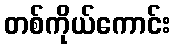
တစ်ကိုယ်ကောင်း